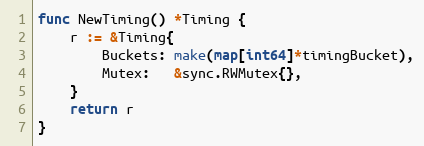
Language: Go
func NewTiming() *Timing {
	r := &Timing{
		Buckets: make(map[int64]*timingBucket),
		Mutex:   &sync.RWMutex{},
	}
	return r
}